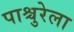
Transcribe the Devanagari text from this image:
पाश्चुरेला